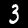
Label: 3